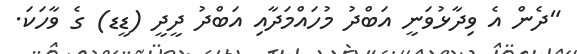
"ދެން އެ ވިދާޅުވަނީ އަބްދު މުހައްމަދާއި އަބްދު ދީދީ (ޑީޑ) ގެ ވާހަކަ.